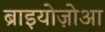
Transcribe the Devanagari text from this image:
ब्राइयोज़ोआ